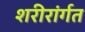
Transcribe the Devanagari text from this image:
शरीरांर्गत